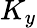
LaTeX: K_{y}